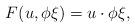
LaTeX: \begin{align*}F(u,\phi\xi) = u\cdot \phi\xi ,\end{align*}